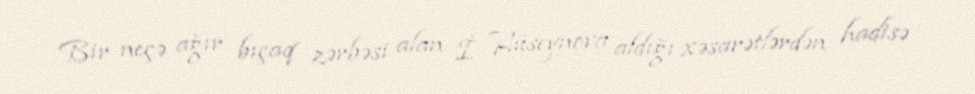
Bir neçə ağır bıçaq zərbəsi alan İ. Hüseynova aldığı xəsarətlərdən hadisə